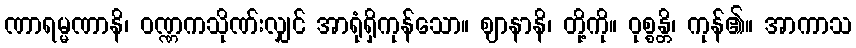
ဏာရမ္မဏာနိ၊ ဝဏ္ဏကသိုဏ်းလျှင် အာရုံရှိကုန်သော။ ဈာနာနိ၊ တို့ကို။ ဝုစ္စန္တိ၊ ကုန်၏။ အာကာသ